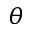
\theta